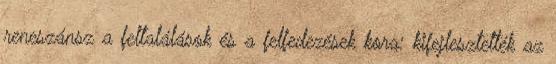
reneszánsz a feltalálások és a felfedezések kora: kifejlesztették az